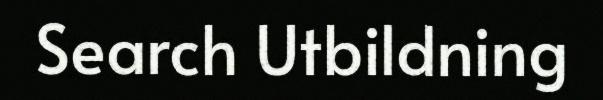
Search Utbildning